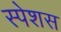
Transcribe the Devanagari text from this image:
स्पेशस